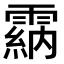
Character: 𩄵